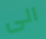
الى